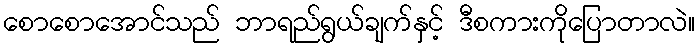
စောစောအောင်သည် ဘာရည်ရွယ်ချက်နှင့် ဒီစကားကိုပြောတာလဲ။